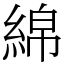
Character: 綿